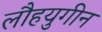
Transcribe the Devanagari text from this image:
लौहयुगीन